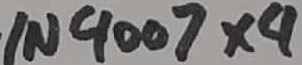
Text: IN4007